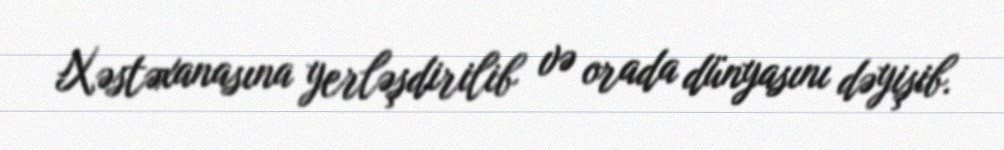
Xəstəxanasına yerləşdirilib və orada dünyasını dəyişib.